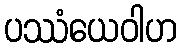
ပဿံယေဝါဟ